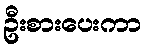
ဦးစားပေးကာ